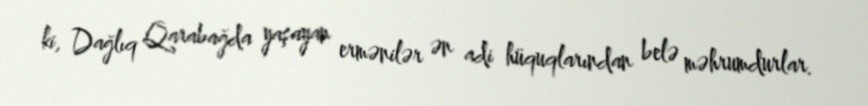
ki, Dağlıq Qarabağda yaşayan ermənilər ən adi hüquqlarından belə məhrumdurlar.